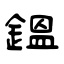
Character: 鎾